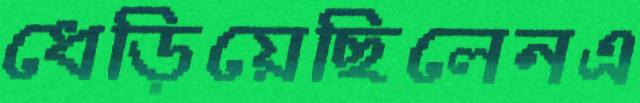
ধেড়িয়েছিলেনএ